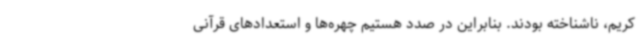
کریم، ناشناخته بودند. بنابراین در صدد هستیم چهره‌ها و استعدادهای قرآنی